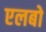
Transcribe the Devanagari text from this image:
एलबो